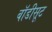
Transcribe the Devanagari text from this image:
बाॅडीसूट